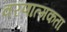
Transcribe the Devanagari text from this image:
वरणात्मकता